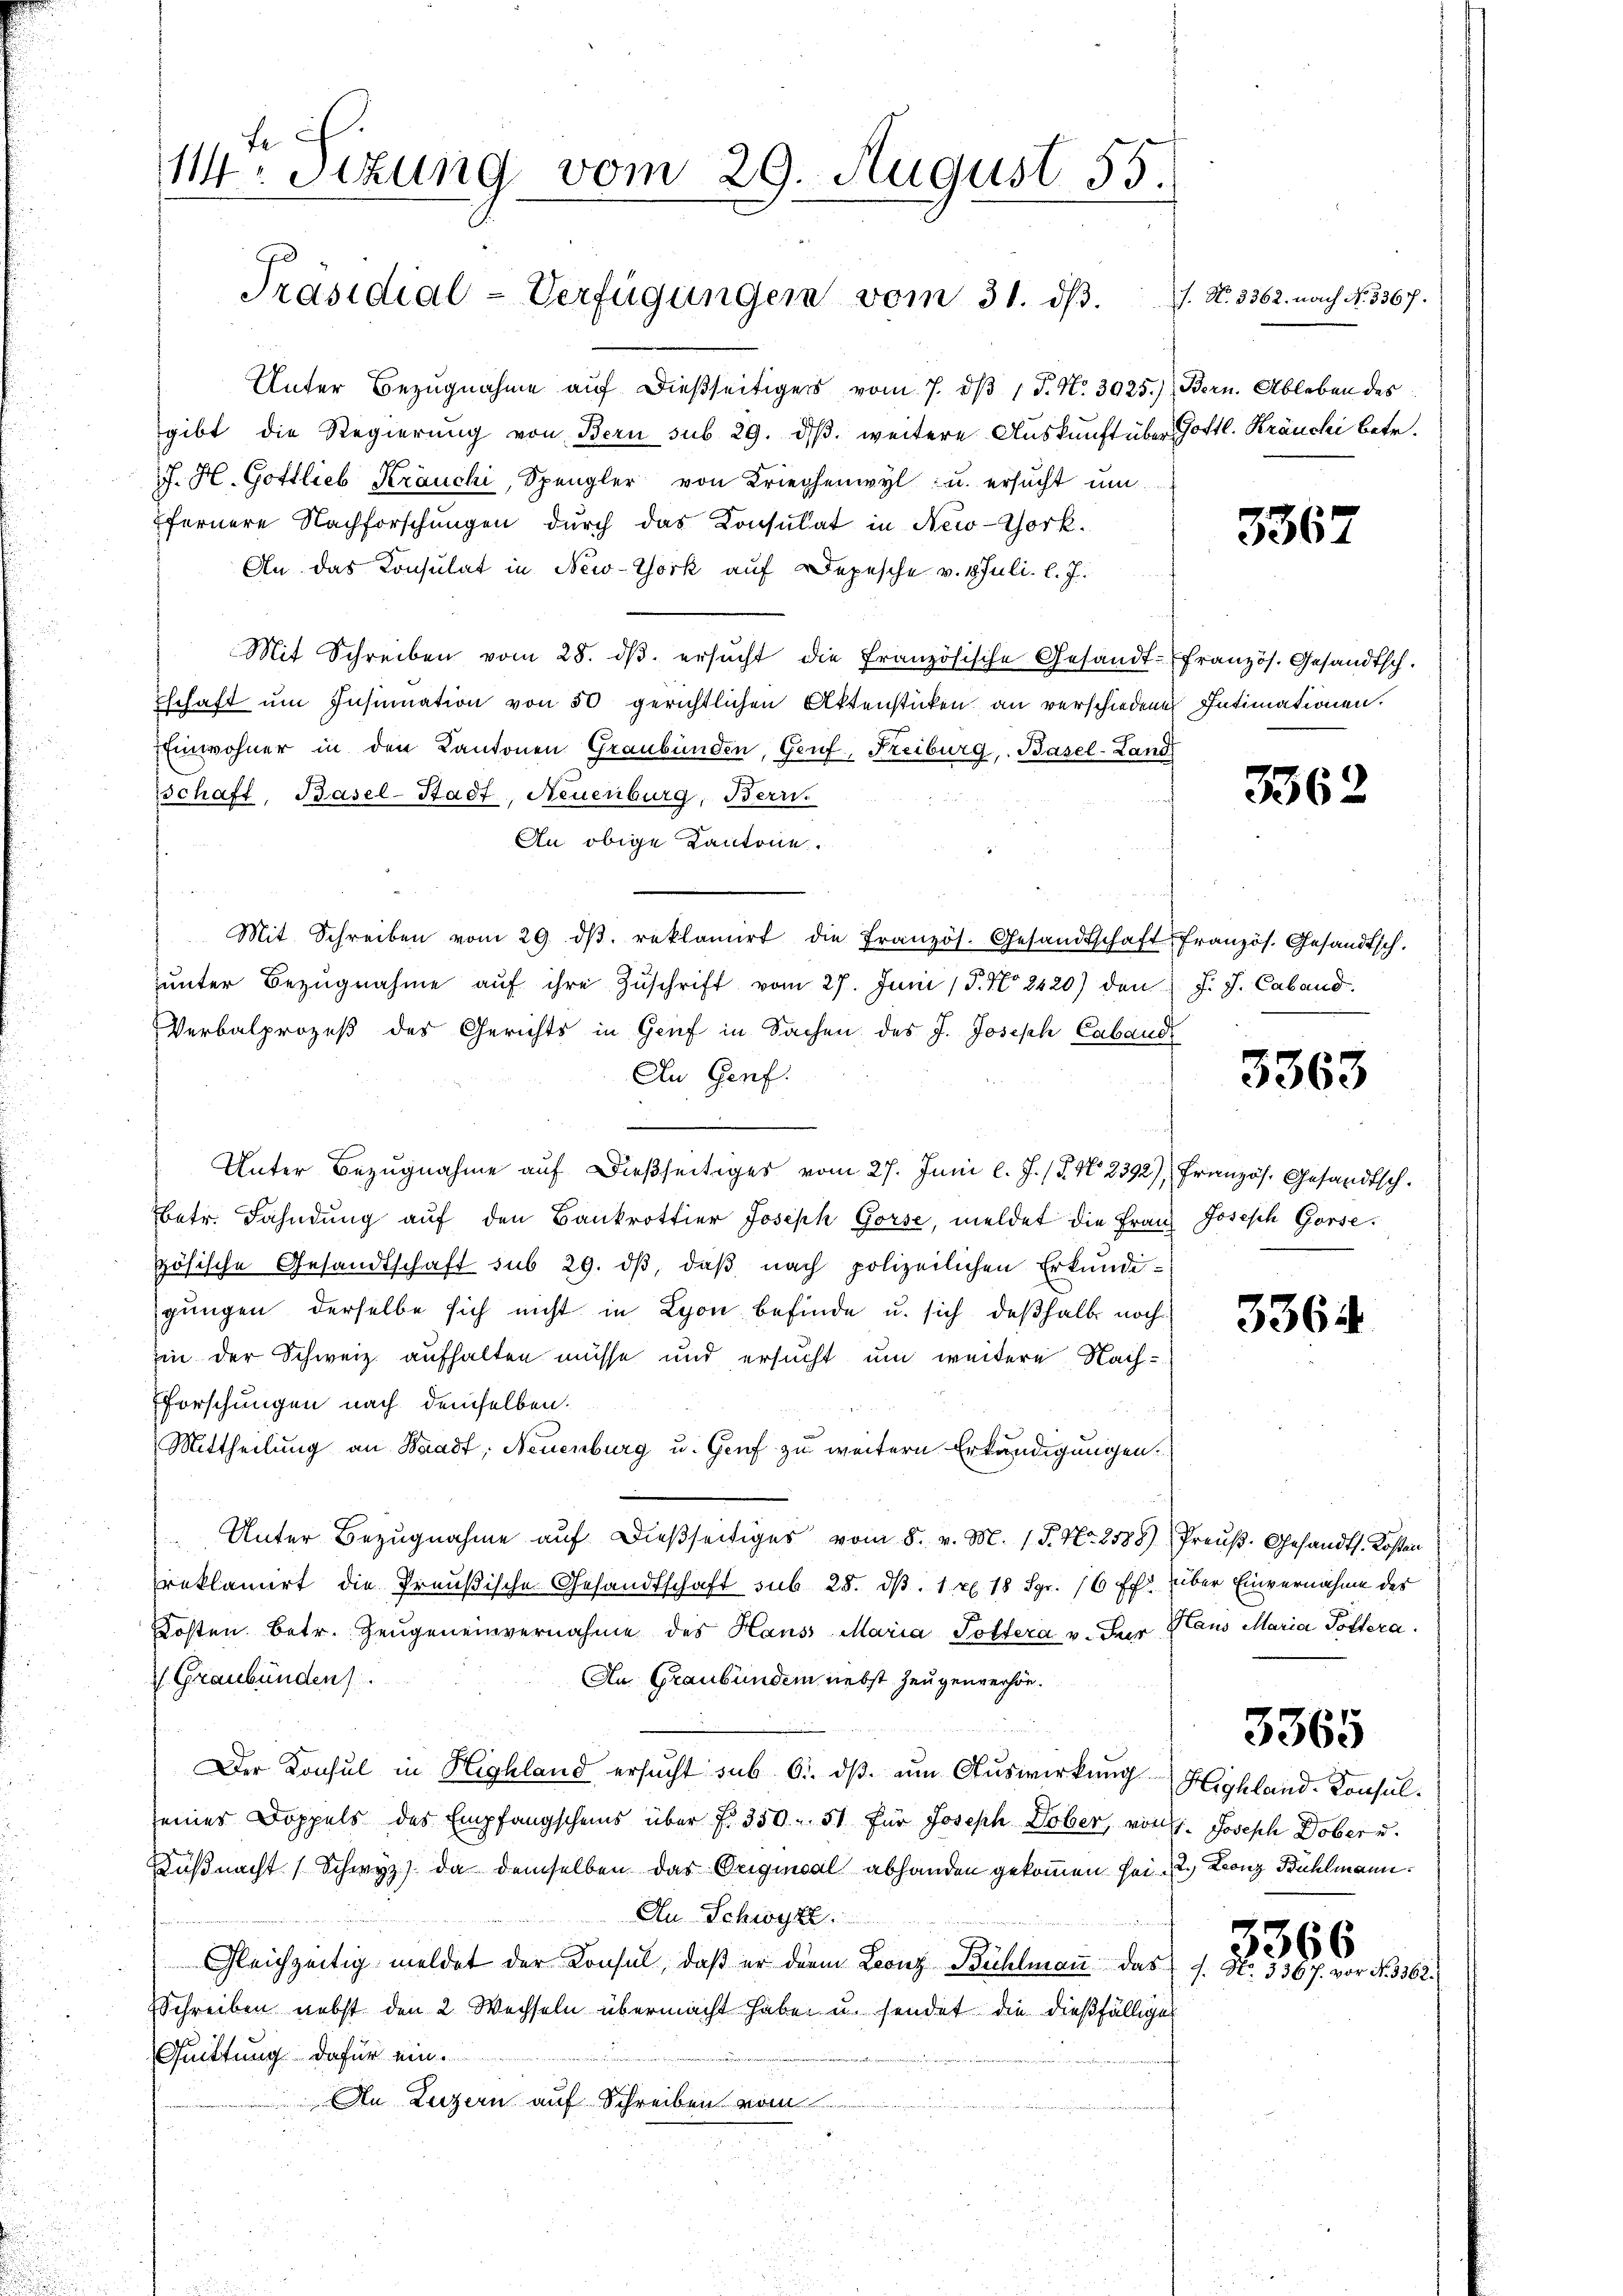
f
114. Sitzung vom 29. August 55.

Präsidial-Verfügungen vom 31. ds.

Unter Bezugnahme auf dießseitigers vom 7. dβ 1 P. N. 3025.)
gibt die Regierung von Bern sub 29. dβ. weitere Auskunft über Gottl. Kräuchi betr.
J. H. Gottlieb Kräuchi, Spengler von Kriegenwyl u. ersucht um
fernere Nachforschungen durch das Konsulat in New-Chork.
An das Konsulat in New-York auf Depesche v. 1. Juli l. J.
Mit Schreiben vom 28. dβ. ersucht die Französische Gesandt-Efranzös. Gesandtsch.
Tschaft um Insumation von 50 gerichtlichen Aktenstücken an verschiedenen Intimationen.
Einwohner in den Kantonen Graubünden, Genf, Freiburg, Basel-Land
schaft, Basel-Stadt, Neuenburg, Berri
An obige Kantone.
Mit Schreiben vom 29. dβ. reklamirt die Französ. Gesandtschaft französ. Gesandtsch.
ŭnter Bezŭgnahme aŭf ihre Zŭschrift vom 27. Juni 15. No 2420) den F. J. Caband.
Verbalprozeß des Gerichts in Genf in Sachen des J. Joseph Caband
An Genf.
Unter Bezugnahme auf dießseitiges vom 27. Juni l. J. (T. N. 2392), Französ. Gesandtsch.
betr. Fahndung auf den Bankrottier Joseph Gorse, meldet die Franz Joseph Gorse.
zösische Gesandtschaft sub 29. dβ, daß nach polizeilichen Erkundigungen derselbe sich nicht in Lyon befinde u. sich deßhalb noch
in der Schweiz aufhalten müsse und ersucht um weitere Nach
forschungen nach demselben.
Mittheilung an Waadt, Neuenburg u. Genf zu weitern Erkundigungen.
" Unter Bezŭgnahme aŭf dießseitiges vom 8. v. M. 15. No. 2188) Preuß. Gesandts. Kosten
reklamirt die Preußische Gesandtschaft sub 28. d. 1 f 18 Sgr. 16 ff. über Einvernahme des
Kosten betr. Zeŭgeneinvernahme des Haus Maria Poltera v. Sur Haus Maria Poltera
 Graubünden.
An Graubünden nebst Zeugenverhön¬

Der Konsul in Highland ersucht sub 6. dβ. um Auswirkung Highland-Consul-
seines Doppels des Empfangscheins über f. 350. 51 für Joseph Dober, von 1. Joseph Dober u.
Küßnacht (Schwyz) Da demselben das Original abhanden gekommen sei. 2. Leonz Bühlmann.
Au Schwyz.
Gleichzeitig meldet der Konsul, daß er darin Leonz Bühlmann das
Schreiben nebst den 2 Wechseln übermacht habe u. sendet die dießfälliges
Quittung dafür ein.
An Luzern auf Schreiben vom

s. N. 3362. nach No. 3367.
Bern. Ableben des

3362

3362

3363

3364

3365

3366
9. No. 5367. vor N. 3362.